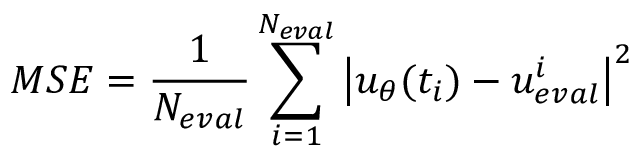
M S E = \frac { 1 } { N _ { e v a l } } \sum _ { i = 1 } ^ { N _ { e v a l } } \left| { u _ { \theta } } ( t _ { i } ) - u _ { e v a l } ^ { i } \right| ^ { 2 }